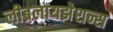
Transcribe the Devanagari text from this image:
लीब्रलायझेशन्स